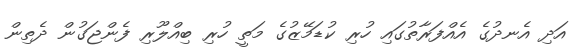
އަދި އެނދުގެ އެއްފަރާތުގައި ހުރި ކުޑަމޭޒުގެ މަތީ ހުރި ބިއްލޫރި ފެންޖަގުން ދެތިން